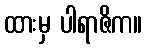
ထားမှ ပါရာဇိက။